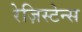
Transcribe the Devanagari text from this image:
रेज़िस्टेन्स